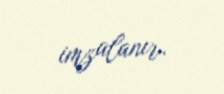
imzalanır.